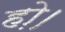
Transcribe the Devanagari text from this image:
हो़।